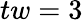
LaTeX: tw=3